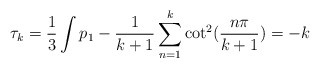
\begin{align*}\tau_{k} = \frac{1}{3} \int p_{1} - \frac{1}{k+1} \sum_{n=1}^{k} \cot^{2}(\frac{n\pi}{k+1}) = -k\end{align*}